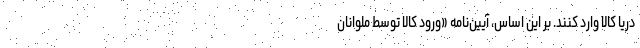
دریا کالا وارد کنند. بر این اساس، آیین‌نامه «ورود کالا توسط ملوانان